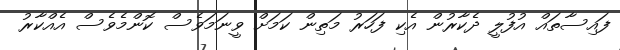
ފައިސާތައް އުފުލީ ދެކާރުން އެކި ފަހަރު މަތިން ކަމަށް ވީނަމަވެސް ކޮންމެވެސް އެއްކާރު